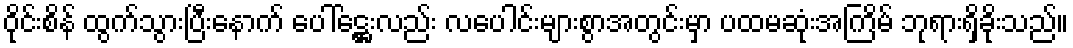
ဝိုင်းစိန် ထွက်သွားပြီးနောက် ပေါ်ဋ္ဌေးလည်း လပေါင်းများစွာအတွင်းမှာ ပထမဆုံးအကြိမ် ဘုရားရှိခိုးသည်။